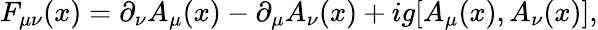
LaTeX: F_{\mu\nu}(x)=\partial_{\nu}A_{\mu}(x)-\partial_{\mu}A_{\nu}(x)+ig[A_{\mu}(x),A_{\nu}(x)],